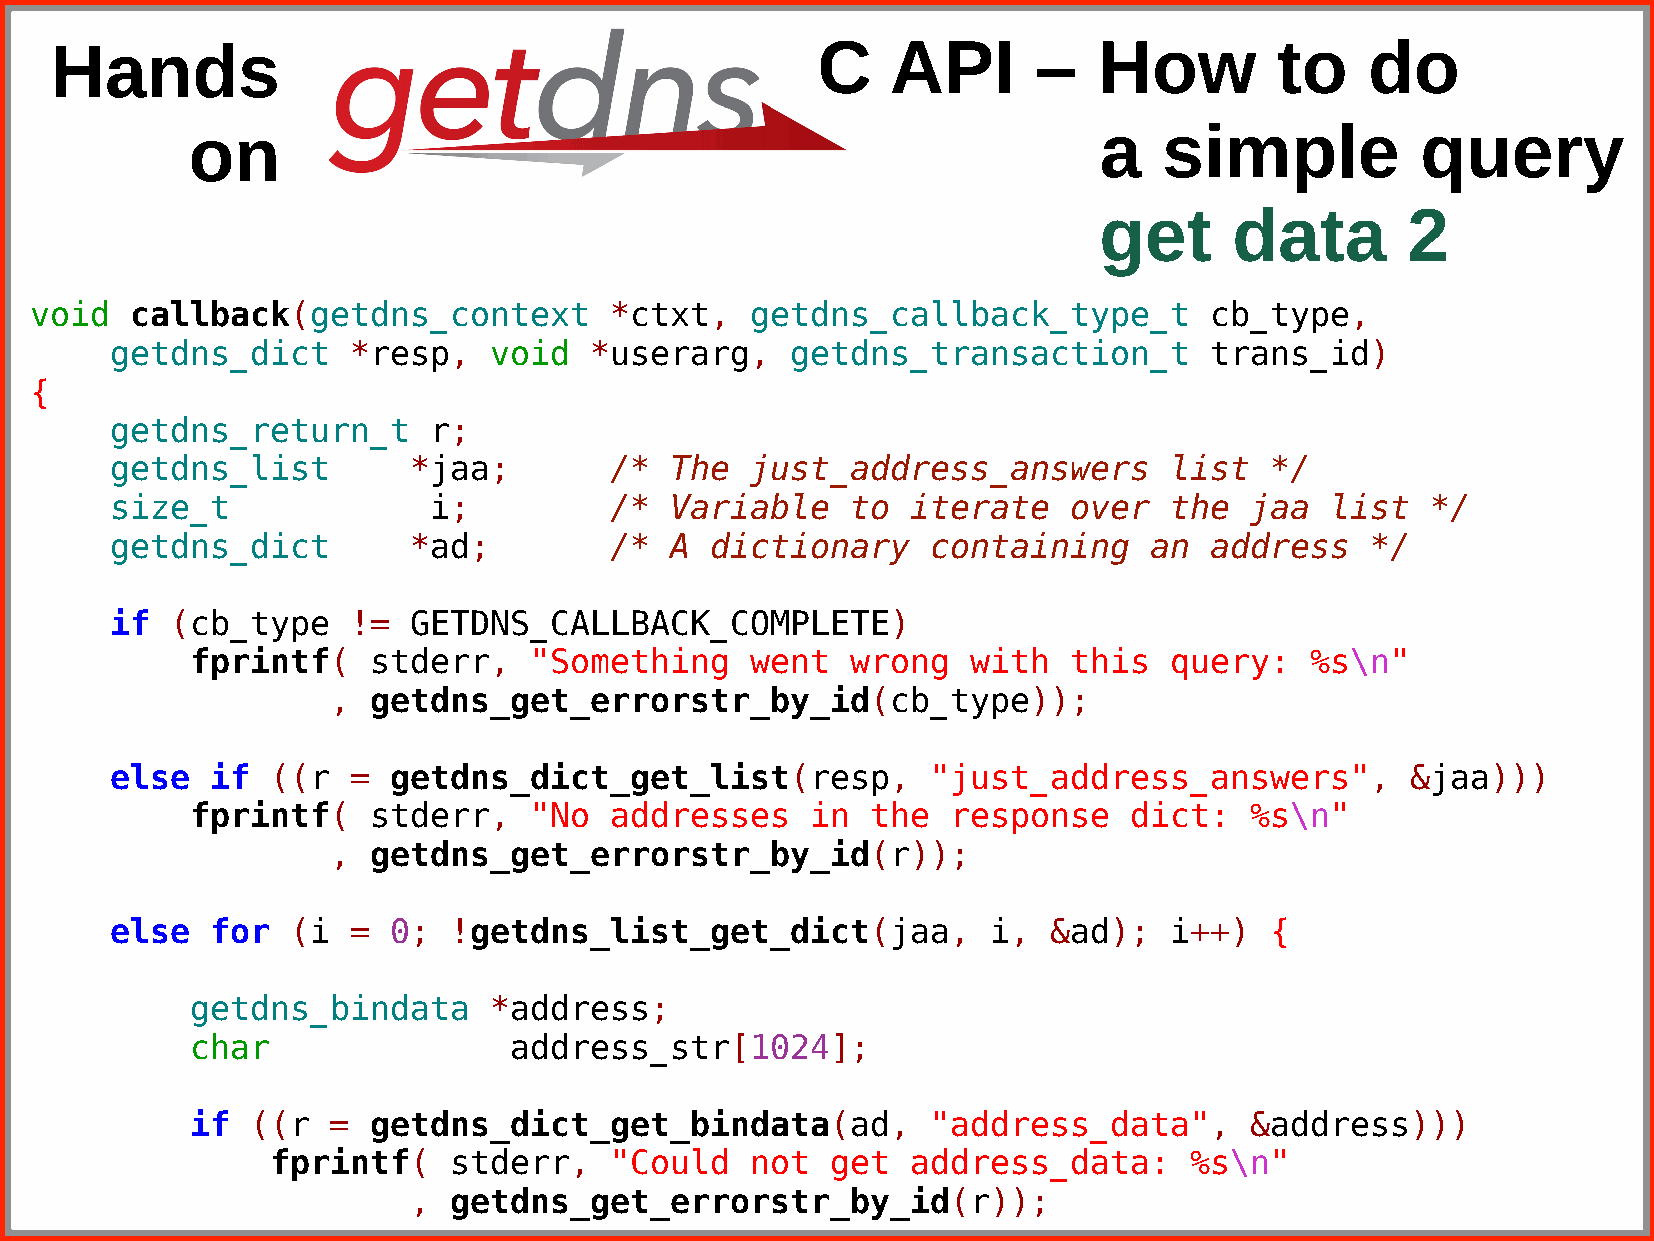
Hands                                              C    API       –   How         to    do
 on                                                           a   simple           query
 get      data       2
 void   callback(getdns_context        *ctxt,    getdns_callback_type_t        cb_type,
 getdns_dict     *resp,   void   *userarg,    getdns_transaction_t        trans_id)
 {
 getdns_return_t      r;
 getdns_list         *jaa;        /*  The   just_address_answers       list   */
 size_t               i;          /*  Variable    to  iterate    over  the   jaa  list   */
 getdns_dict         *ad;         /*  A  dictionary     containing    an  address    */
 if  (cb_type    !=  GETDNS_CALLBACK_COMPLETE)
 fprintf(   stderr,    "Something     went  wrong   with   this  query:    %s\n"
 , getdns_get_errorstr_by_id(cb_type));
 else   if  ((r  =  getdns_dict_get_list(resp,          "just_address_answers",        &jaa)))
 fprintf(   stderr,    "No  addresses     in  the  response    dict:   %s\n"
 , getdns_get_errorstr_by_id(r));
 else   for  (i  =  0;  !getdns_list_get_dict(jaa,          i,  &ad);  i++)   {
 getdns_bindata     *address;
 char                 address_str[1024];
 if  ((r  = getdns_dict_get_bindata(ad,           "address_data",      &address)))
 fprintf(    stderr,   "Could    not  get  address_data:      %s\n"
 ,  getdns_get_errorstr_by_id(r));